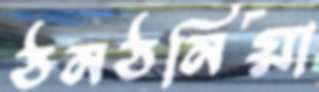
ঠনঠনিয়া